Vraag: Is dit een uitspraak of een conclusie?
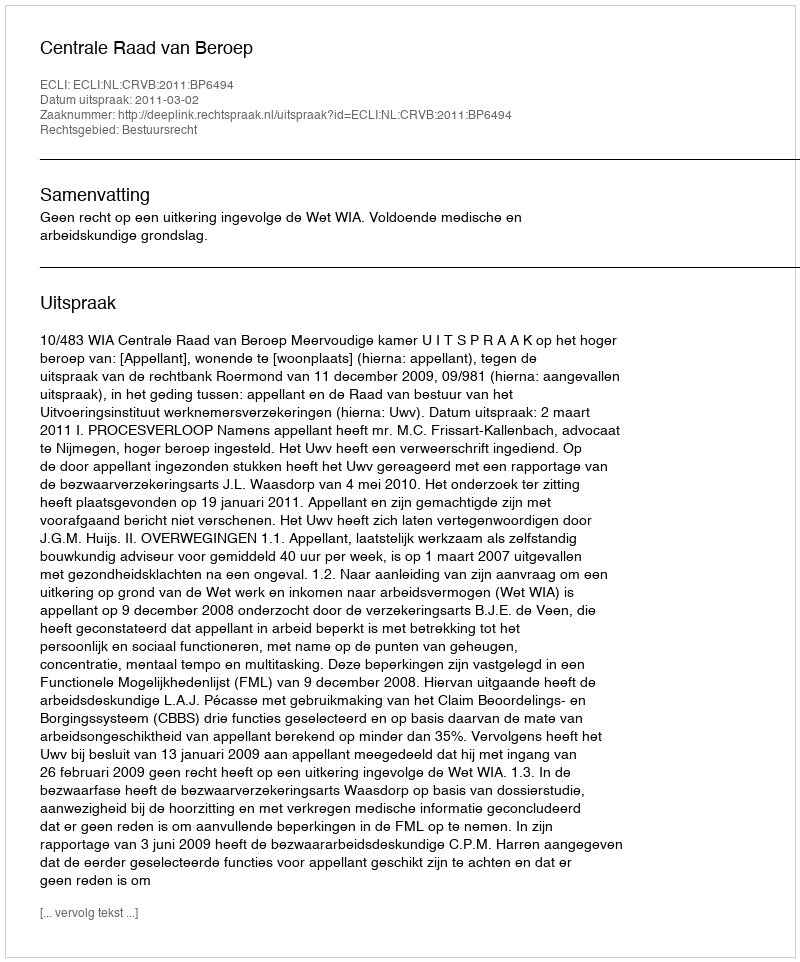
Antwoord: Uitspraak